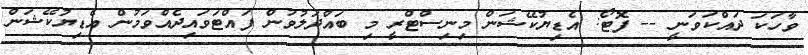
ވާހަކަ ދައްކަވަނީ -- ފޮޓޯ: އެޑިޔުކޭޝަން މިނިސްޓްރީ މި ބައްދަލުވުން ފައްޓަވައިދެއްވަމުން އެޑިޔުކޭޝަން